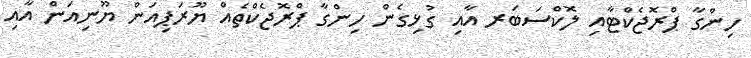
ހިންގާ ޕްރޮޖެކްޓާއި ލޮކްސަބަރ އާއި ގުޅިގެން ހިންގާ ޕްރޮޖެކްތެއް ޔޫރަޕިއަން ޔޫނިއަން އާއި